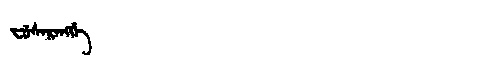
Manchu: ᠸᡠᠰᡝᡵᡝᠩᡤᡝ
Romanization: FUSERENGGE